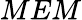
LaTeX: MEM